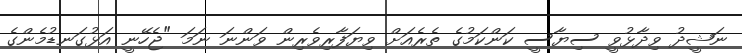
ނަޝީދު ވިދާޅުވީ ސިޔާސީ ކަންކަމުގެ ތެރެއަށް ވިޔަފާރިވެރިން ވަންނަ ނަމަ "ޖެހޭނީ އަޅުގަނޑުމެންގެ